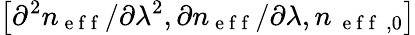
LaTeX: \left[\partial^{2}n_{\mathrm{~e~f~f~}}/\partial\lambda^{2},\partial n_{\mathrm{~e~f~f~}}/\partial\lambda,n_{\mathrm{~\mathrm{~e~f~f~}~},0}\right]